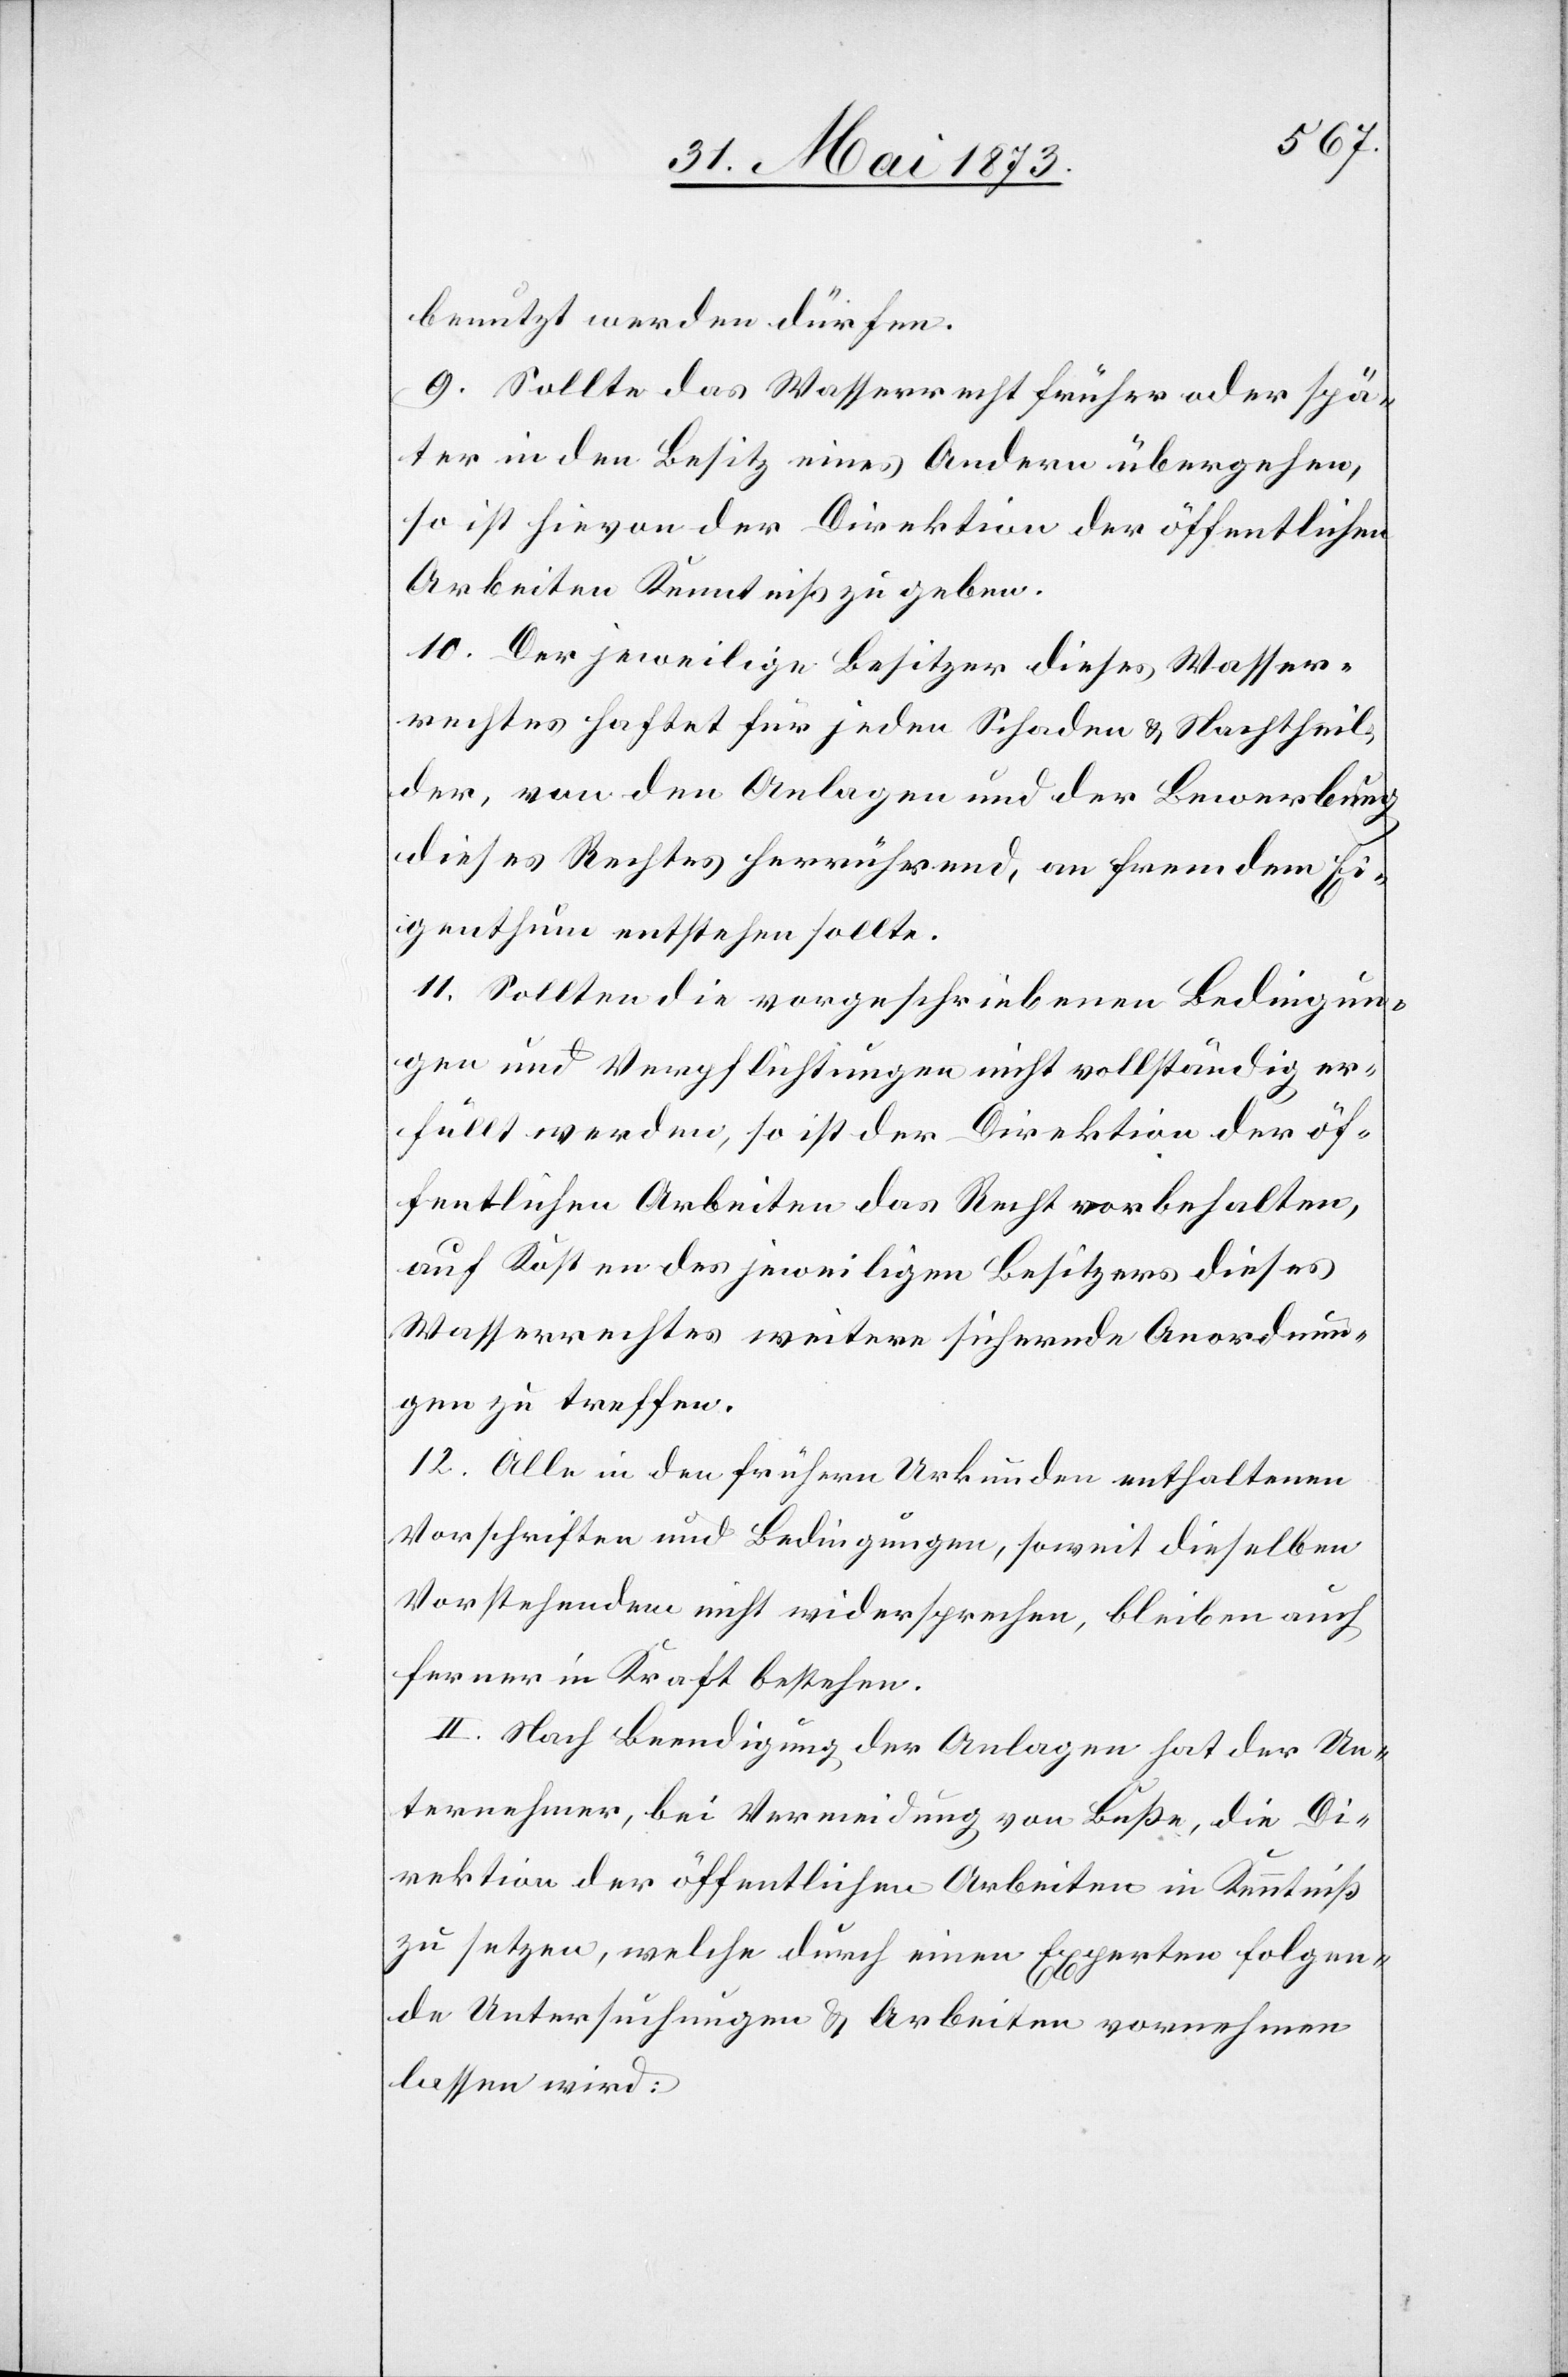
benutzt werden dürfen.
9. Sollte das Wasserrecht früher oder spä¬
ter in den Besitz eines Andern übergehen,
so ist hievon der Direktion der öffentlichen
Arbeiten Kenntniß zu geben.
10. Der jeweilige Besitzer dieses Wasser¬
rechtes haftet für jeden Schaden & Nachtheil,
der, von den Anlagen und der Bewerbung
dieses Rechtes herrührend, an fremdem Ei¬
genthum entstehen sollte.
11. Sollten die vorgeschriebenen Bedingun¬
gen und Verpflichtungen nicht vollständig er¬
füllt werden, so ist der Direktion der öf¬
fentlichen Arbeiten das Recht vorbehalten,
auf Kosten des jeweiligen Besitzers dieses
Wasserrechtes weitere sichernde Anordnun¬
gen zu treffen.
12. Alle in den frühern Urkunden enthaltenen
Vorschriften und Bedingungen, soweit dieselben
Vorstehendem nicht widersprechen, bleiben auch
ferner in Kraft bestehen.
II. Nach Beendigung der Anlagen hat der Un¬
ternehmer, bei Vermeidung von Buße, die Di¬
rektion der öffentlichen Arbeiten in Kenntniß
zu setzen, welche durch einen Experten folgen¬
de Untersuchungen & Arbeiten vornehmen
lassen wird: